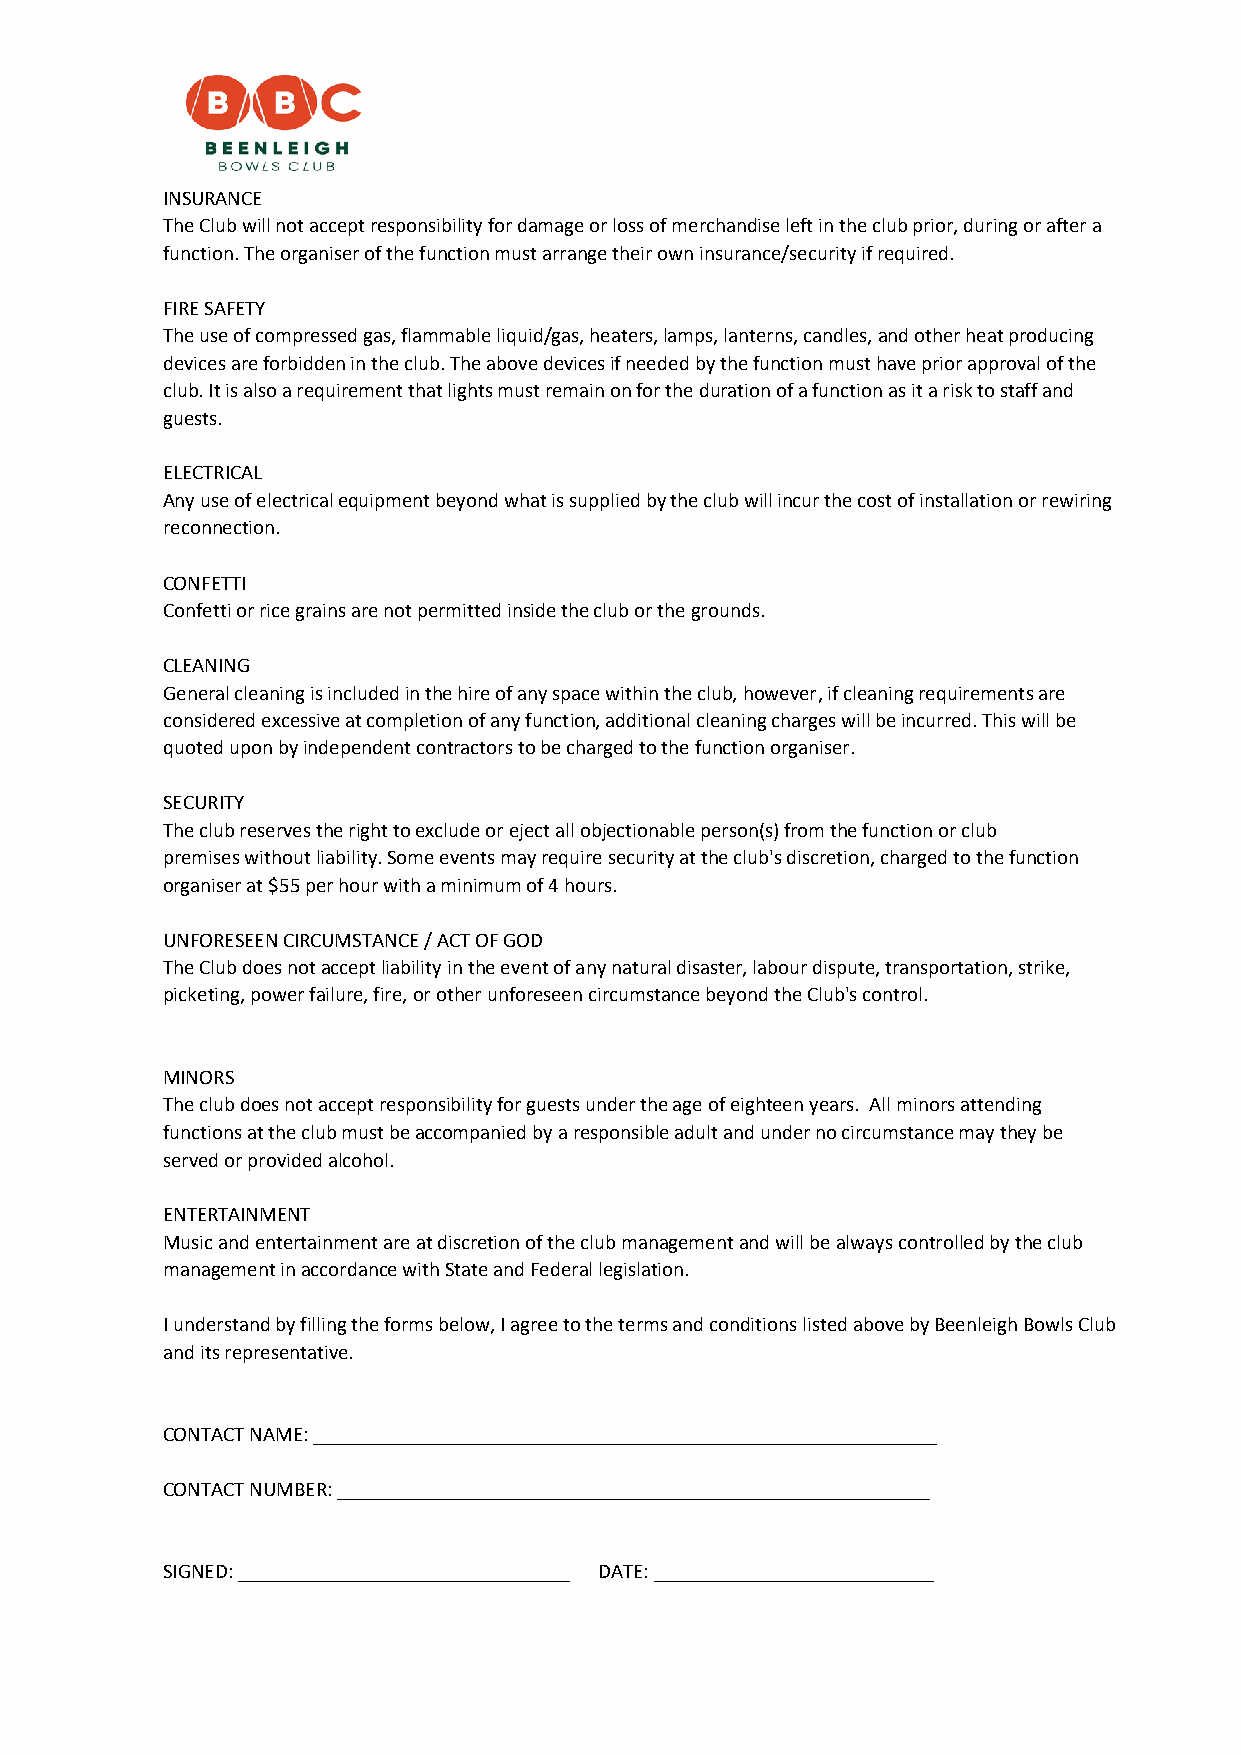
INSURANCE
 The Club will not accept responsibility for damage or loss of merchandise left in the club prior, during or after a
 function. The organiser of the function must arrange their own insurance/security if required.
 FIRE SAFETY
 The use of compressed gas, flammable liquid/gas, heaters, lamps, lanterns, candles, and other heat producing
 devices are forbidden in the club. The above devices if needed by the function must have prior approval of the
 club. It is also a requirement that lights must remain on for the duration of a function as it a risk to staff and
 guests.
 ELECTRICAL
 Any use of electrical equipment beyond what is supplied by the club will incur the cost of installation or rewiring
 reconnection.
 CONFETTI
 Confetti or rice grains are not permitted inside the club or the grounds.
 CLEANING
 General cleaning is included in the hire of any space within the club, however, if cleaning requirements are
 considered excessive at completion of any function, additional cleaning charges will be incurred. This will be
 quoted upon by independent contractors to be charged to the function organiser.
 SECURITY
 The club reserves the right to exclude or eject all objectionable person(s) from the function or club
 premises without liability. Some events may require security at the club's discretion, charged to the function
 organiser at $55 per hour with a minimum of 4 hours.
 UNFORESEEN CIRCUMSTANCE / ACT OF GOD
 The Club does not accept liability in the event of any natural disaster, labour dispute, transportation, strike,
 picketing, power failure, fire, or other unforeseen circumstance beyond the Club's control.
 MINORS
 The club does not accept responsibility for guests under the age of eighteen years. All minors attending
 functions at the club must be accompanied by a responsible adult and under no circumstance may they be
 served or provided alcohol.
 ENTERTAINMENT
 Music and entertainment are at discretion of the club management and will be always controlled by the club
 management in accordance with State and Federal legislation.
 I understand by filling the forms below, I agree to the terms and conditions listed above by Beenleigh Bowls Club
 and its representative.
 CONTACT NAME: ____________________________________________________________
 CONTACT NUMBER: _________________________________________________________
 SIGNED: ________________________________ DATE: ___________________________